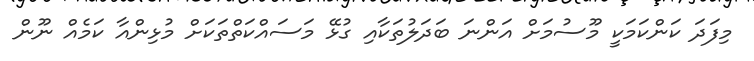
މިފަދަ ކަންކަމަކީ މޫސުމަށް އަންނަ ބަދަލުތަކާއި ގުޅޭ މަސައްކަތްތަކަށް މުޅިންއާ ކަމެއް ނޫން